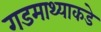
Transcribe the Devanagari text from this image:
गडमाथ्याकडे